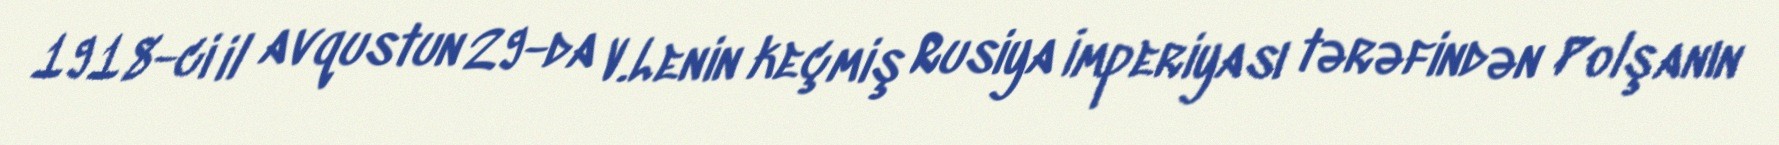
1918-ci il avqustun 29-da V.Lenin keçmiş Rusiya İmperiyası tərəfindən Polşanın